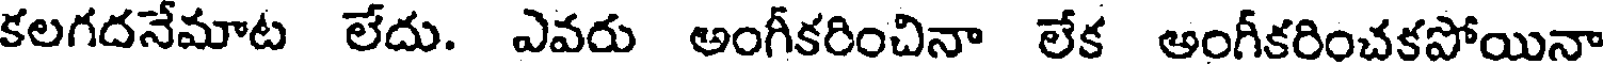
కలగదనేమాట లేదు. ఎవరు అంగీకరించినా లేక అంగీకరించకపోయినా